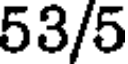
53/5